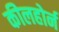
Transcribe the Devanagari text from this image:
कीलहोर्न